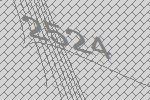
2524